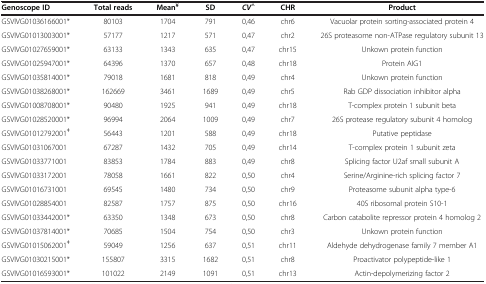
<table><thead><tr><td><b>Genoscope ID</b></td><td><b>Total reads</b></td><td><b>Mean<sup>¥</sup></b></td><td><b>SD</b></td><td><b><i>CV</i><sup>^</sup></b></td><td><b>CHR</b></td><td><b>Product</b></td></tr></thead><tbody><tr><td>GSVIVG01036166001*</td><td>80103</td><td>1704</td><td>791</td><td>0,46</td><td>chr6</td><td>Vacuolar protein sorting-associated protein 4</td></tr><tr><td>GSVIVG01013003001*</td><td>57177</td><td>1217</td><td>571</td><td>0,47</td><td>chr2</td><td>26S proteasome non-ATPase regulatory subunit 13</td></tr><tr><td>GSVIVG01027659001*</td><td>63133</td><td>1343</td><td>635</td><td>0,47</td><td>chr15</td><td>Unkown protein function</td></tr><tr><td>GSVIVG01025947001*</td><td>64396</td><td>1370</td><td>657</td><td>0,48</td><td>chr18</td><td>Protein AIG1</td></tr><tr><td>GSVIVG01035814001*</td><td>79018</td><td>1681</td><td>818</td><td>0,49</td><td>chr4</td><td>Unkown protein function</td></tr><tr><td>GSVIVG01038268001*</td><td>162669</td><td>3461</td><td>1689</td><td>0,49</td><td>chr5</td><td>Rab GDP dissociation inhibitor alpha</td></tr><tr><td>GSVIVG01008708001*</td><td>90480</td><td>1925</td><td>941</td><td>0,49</td><td>chr18</td><td>T-complex protein 1 subunit beta</td></tr><tr><td>GSVIVG01028520001*</td><td>96994</td><td>2064</td><td>1009</td><td>0,49</td><td>chr7</td><td>26S protease regulatory subunit 4 homolog</td></tr><tr><td>GSVIVG01012792001<sup>ǂ</sup></td><td>56443</td><td>1201</td><td>588</td><td>0,49</td><td>chr18</td><td>Putative peptidase</td></tr><tr><td>GSVIVG01031067001</td><td>67287</td><td>1432</td><td>705</td><td>0,49</td><td>chr14</td><td>T-complex protein 1 subunit zeta</td></tr><tr><td>GSVIVG01033771001</td><td>83853</td><td>1784</td><td>883</td><td>0,49</td><td>chr8</td><td>Splicing factor U2af small subunit A</td></tr><tr><td>GSVIVG01033172001</td><td>78058</td><td>1661</td><td>822</td><td>0,50</td><td>chr4</td><td>Serine/Arginine-rich splicing factor 7</td></tr><tr><td>GSVIVG01016731001</td><td>69545</td><td>1480</td><td>734</td><td>0,50</td><td>chr9</td><td>Proteasome subunit alpha type-6</td></tr><tr><td>GSVIVG01028854001</td><td>82587</td><td>1757</td><td>875</td><td>0,50</td><td>chr16</td><td>40S ribosomal protein S10-1</td></tr><tr><td>GSVIVG01033442001*</td><td>63350</td><td>1348</td><td>673</td><td>0,50</td><td>chr8</td><td>Carbon catabolite repressor protein 4 homolog 2</td></tr><tr><td>GSVIVG01037814001*</td><td>70685</td><td>1504</td><td>754</td><td>0,50</td><td>chr3</td><td>Unkown protein function</td></tr><tr><td>GSVIVG01015062001<sup>ǂ</sup></td><td>59049</td><td>1256</td><td>637</td><td>0,51</td><td>chr11</td><td>Aldehyde dehydrogenase family 7 member A1</td></tr><tr><td>GSVIVG01030215001*</td><td>155807</td><td>3315</td><td>1682</td><td>0,51</td><td>chr8</td><td>Proactivator polypeptide-like 1</td></tr><tr><td>GSVIVG01016593001*</td><td>101022</td><td>2149</td><td>1091</td><td>0,51</td><td>chr13</td><td>Actin-depolymerizing factor 2</td></tr></tbody></table>